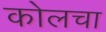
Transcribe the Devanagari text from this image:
कोलचा